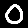
Digit: 0